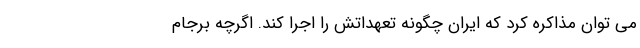
می توان مذاکره کرد که ایران چگونه تعهداتش را اجرا کند. اگرچه برجام